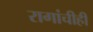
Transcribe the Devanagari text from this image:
रागांचीही